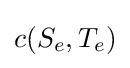
c(S_{e},T_{e})